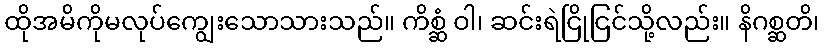
ထိုအမိကိုမလုပ်ကျွေးသောသားသည်။ ကိစ္ဆံ ဝါ၊ ဆင်းရဲငြိုငြင်သို့လည်း။ နိဂစ္ဆတိ၊